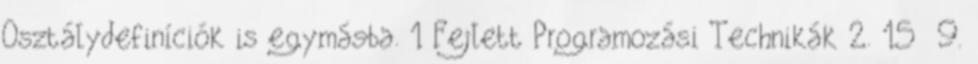
Osztálydefiníciók is egymásba. 1 Fejlett Programozási Technikák 2. 15 9.